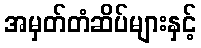
အမှတ်တံဆိပ်များနှင့်